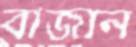
বাজান